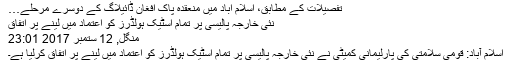
تفصیلات کے مطابق، اسلام آباد میں منعقدہ پاک افغان ڈائیلاگ کے دوسرے مرحلے…
نئی خارجہ پالیسی پر تمام اسٹیک ہولڈرز کو اعتماد میں لینے پر اتفاق
منگل, 12 ستمبر 2017 23:01
اسلام آباد: قومی سلامتی کی پارلیمانی کمیٹی نے نئی خارجہ پالیسی پر تمام اسٹیک ہولڈرز کو اعتماد میں لینے پر اتفاق کرلیا ہے۔